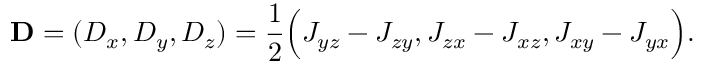
{ \bf D } = ( D _ { x } , D _ { y } , D _ { z } ) = \frac { 1 } { 2 } \Big ( J _ { y z } - J _ { z y } , J _ { z x } - J _ { x z } , J _ { x y } - J _ { y x } \Big ) .